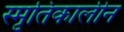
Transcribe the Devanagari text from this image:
स्मृतिकालीन